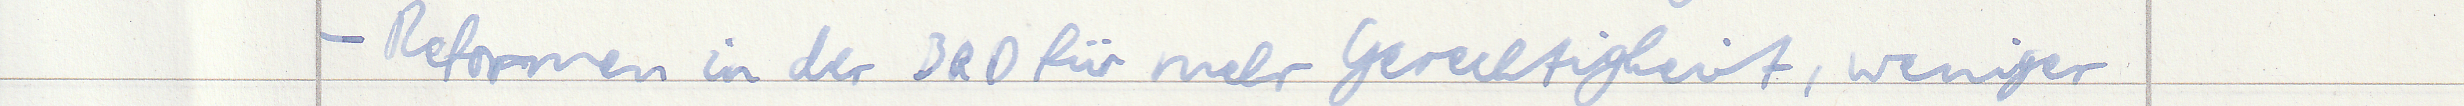
- Reformen in der BRD für mehr Gerechtigkeit, weniger